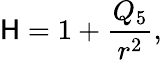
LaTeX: \mathsf{H}=1+\frac{{Q_{5}}}{{r^{2}}},